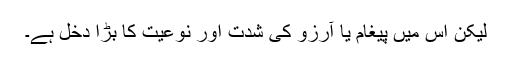
لیکن اس میں پیغام یا آرزو کی شدت اور نوعیت کا بڑا دخل ہے۔